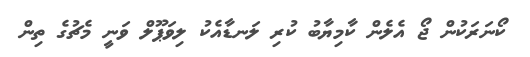
ކޯނަރަކުން ޖޯ އެލެން ކާމިޔާބު ކުރި ލަނޑާއެކު ލިވަޕޫލް ވަނީ މެޗުގެ ތިން